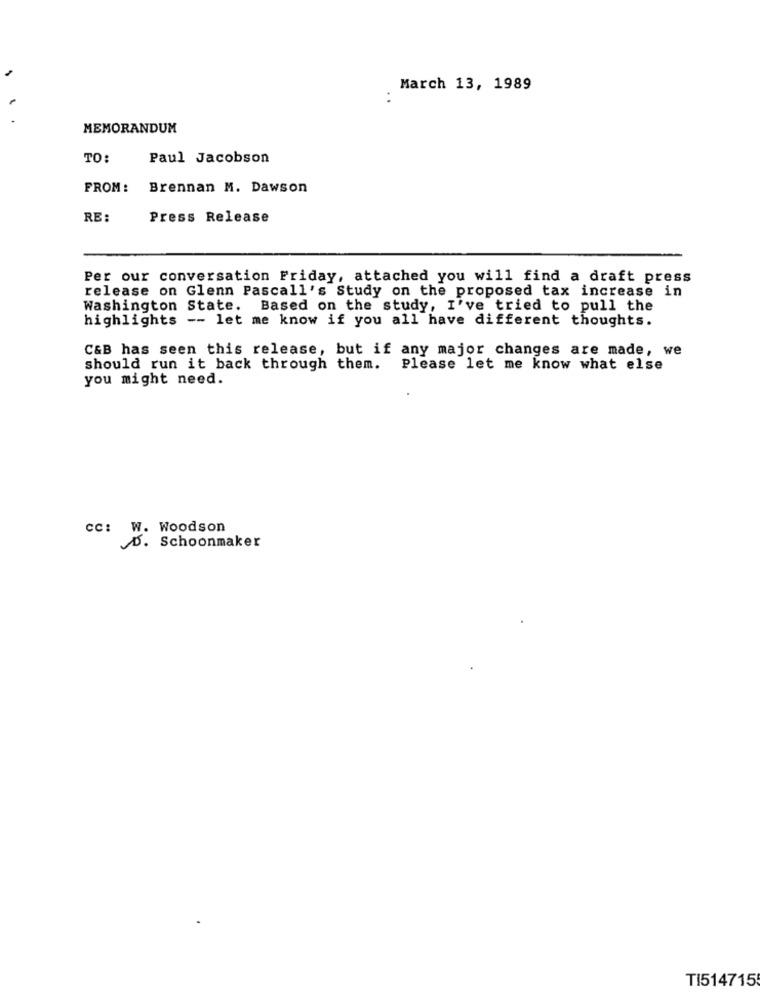
March 13, 1989
. .
MEMORANDUM
TO:
Paul Jacobson
FROM :
Brennan M. Dawson
RE:
Press Release
Per our conversation Friday, attached you will find a draft press
release on Glenn Pascall's Study on the proposed tax increase in
Washington State. Based on the study, I've tried to pull the
highlights -- let me know if you all have different thoughts.
C&B has seen this release, but if any major changes are made, we
should run it back through them.
Please let me know what else
you might need.
cc: W. Woodson
D. Schoonmaker
TI514715